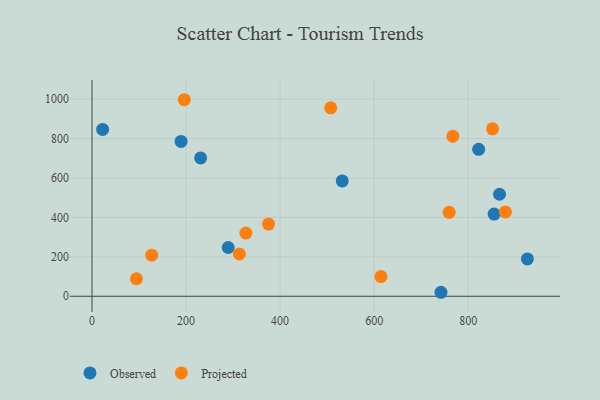
{"axis": {"x": "Price", "y": "Exam Score"}, "legend": ["Observed", "Projected"], "data": [{"x": "822.2", "y": 745.6, "type": "Observed"}, {"x": "22.6", "y": 846.2, "type": "Observed"}, {"x": "855.1", "y": 417.0, "type": "Observed"}, {"x": "742.1", "y": 20.2, "type": "Observed"}, {"x": "532.1", "y": 585.0, "type": "Observed"}, {"x": "866.6", "y": 517.6, "type": "Observed"}, {"x": "189.4", "y": 785.7, "type": "Observed"}, {"x": "289.6", "y": 247.4, "type": "Observed"}, {"x": "231.0", "y": 701.7, "type": "Observed"}, {"x": "925.8", "y": 189.2, "type": "Observed"}, {"x": "851.7", "y": 849.3, "type": "Projected"}, {"x": "767.3", "y": 811.7, "type": "Projected"}, {"x": "94.6", "y": 88.8, "type": "Projected"}, {"x": "327.2", "y": 320.7, "type": "Projected"}, {"x": "127.0", "y": 208.6, "type": "Projected"}, {"x": "507.6", "y": 955.9, "type": "Projected"}, {"x": "759.4", "y": 426.0, "type": "Projected"}, {"x": "879.1", "y": 427.8, "type": "Projected"}, {"x": "614.5", "y": 99.6, "type": "Projected"}, {"x": "313.4", "y": 214.3, "type": "Projected"}, {"x": "196.2", "y": 997.0, "type": "Projected"}, {"x": "375.4", "y": 366.0, "type": "Projected"}]}